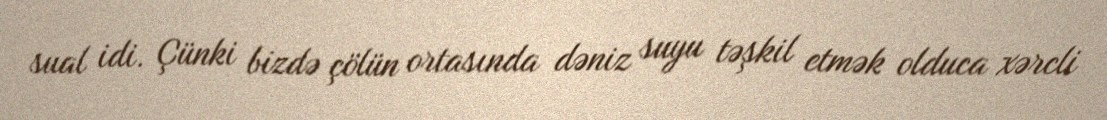
sual idi. Çünki bizdə çölün ortasında dəniz suyu təşkil etmək olduca xərcli